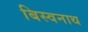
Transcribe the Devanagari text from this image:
बिस्वनाथ